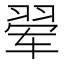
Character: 翚